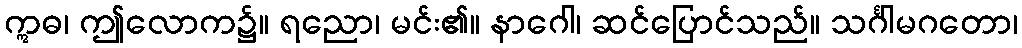
ဣဓ၊ ဤလောက၌။ ရညော၊ မင်း၏။ နာဂေါ၊ ဆင်ပြောင်သည်။ သင်္ဂါမဂတော၊